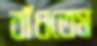
বাঁধতেম